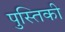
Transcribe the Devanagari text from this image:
पुस्तिकी